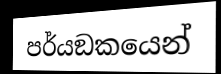
පර්යඞකයෙන්